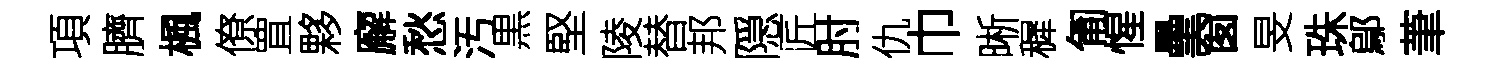
項臍楓僚罝夥廨愁汚黒堅陵替邦隠匠肘仇巾晰穉匍惺壘窗旻珠鄔茟